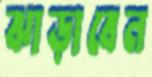
ঝাড়াবেন